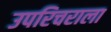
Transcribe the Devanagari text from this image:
उपरिचराला